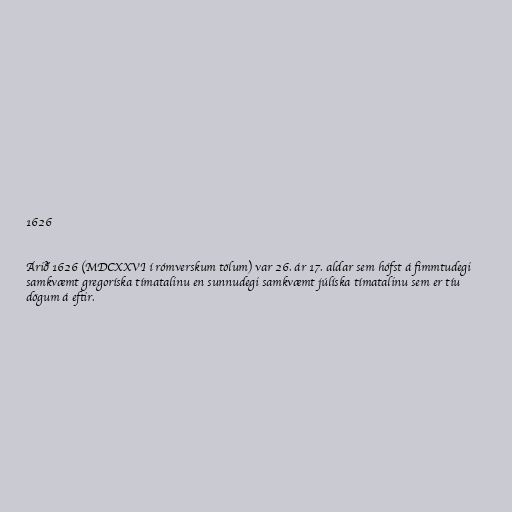
1626

Árið 1626 (MDCXXVI í rómverskum tölum) var 26. ár 17. aldar sem hófst á fimmtudegi
samkvæmt gregoríska tímatalinu en sunnudegi samkvæmt júlíska tímatalinu sem er tíu
dögum á eftir.